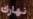
نهارك